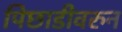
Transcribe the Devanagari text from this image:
पिछाडीवरुन